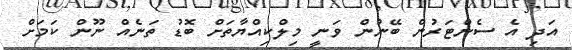
އަދި އެ ސެންޓަރުން ބޭނުން ވަނީ މިލްކިއްޔާތަށް ބޮޑު ތަނެއް ނޫން ކަމަށް